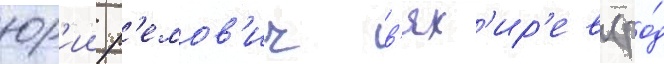
юр'ии р'емов'ич в'ях'ир'ев (ро́д